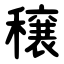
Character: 穣